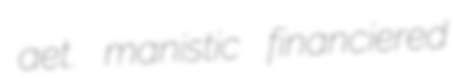
aet. manistic financiered